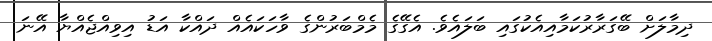
ދިމާލަށް ބޭގަރާރުކަމާއިއެކުގައި ބަލައެވެ. އެގޭގެ މެމްބަރުންގެ ވާހަކައެއް ދައްކާ އަޑު އިވިއްޖެއްޔާ އޭނަ